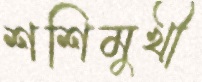
শশিমুখী